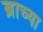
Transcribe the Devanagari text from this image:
ब्राच्या